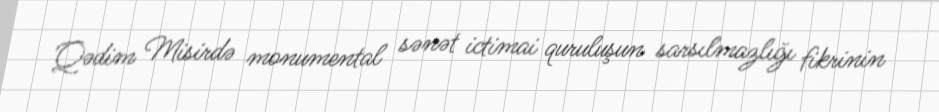
Qədim Misirdə monumental sənət ictimai quruluşun sarsılmazlığı fikrinin